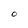
Character: O